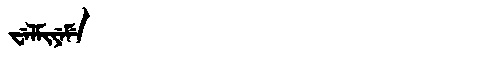
Manchu: ᠸᡝᠯᠮᡳᠶᡝᠮᡝ
Romanization: WELMIYEME